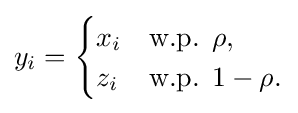
y_{i}={\begin{cases}x_{i}&{\text{w.p. }}\rho ,\\z_{i}&{\text{w.p. }}1-\rho .\end{cases}}